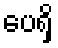
ပေရှိ